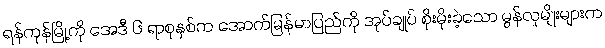
ရန်ကုန်မြို့ကို အေဒီ ၆ ရာစုနှစ်က အောက်မြန်မာပြည်ကို အုပ်ချုပ် စိုးမိုးခဲ့သော မွန်လူမျိုးများက